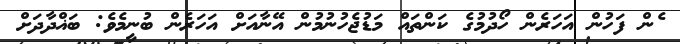
ެން ފަހުން އަހަރެން ހޯދުމުގެ ކަންތައް މަޑުޖެހުނުމުން އޭނާއަށް އަހަރެން ބުނީމެވެ: ބަޣްދާދަށް